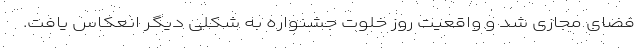
فضای مجازی شد و واقعیت روز خلوت جشنواره به شکلی دیگر انعکاس یافت.